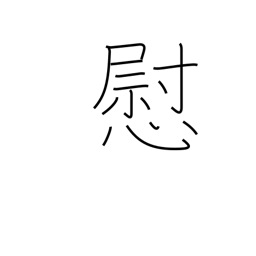
Meaning: consolation